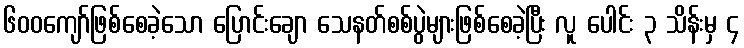
၆၀၀ကျော်ဖြစ်စေခဲ့သော ပြောင်းချော သေနတ်စစ်ပွဲများဖြစ်စေခဲ့ပြီး လူ ပေါင်း ၃ သိန်းမှ ၄